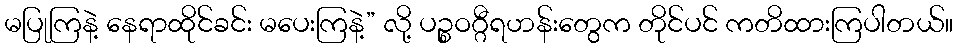
မပြုကြနဲ့ နေရာထိုင်ခင်း မပေးကြနဲ့” လို့ ပဉ္စဝဂ္ဂီရဟန်းတွေက တိုင်ပင် ကတိထားကြပါတယ်။